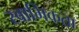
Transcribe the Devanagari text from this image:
स्वाभिकता